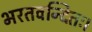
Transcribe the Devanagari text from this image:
भरतवन्दितः।